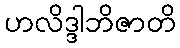
ဟလိဒ္ဒါဘိဇာတိ